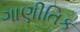
ગાણીતિક